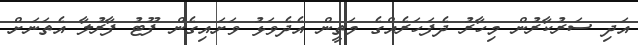
އަދި ސަރުކާރުން މިހާރު ދެފަހަރެއްގެ މަތީން އެދެވަޅު ވަށައިގެން ފޫޓު ފާރުލާ އެތަނަށް